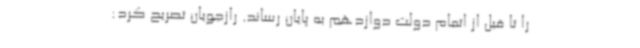
را تا قبل از اتمام دولت دوازدهم به پایان رساند. رازجویان تصریح کرد: